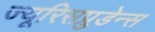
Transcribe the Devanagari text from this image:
ज्यूरिसप्रुडेन्स